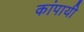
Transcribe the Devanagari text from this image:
कांपायी